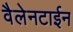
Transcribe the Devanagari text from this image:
वैलेनटाईन